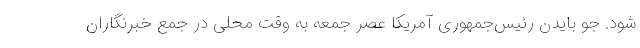
شود. جو بایدن رئیس‌جمهوری آمریکا عصر جمعه به وقت محلی در جمع خبرنگاران